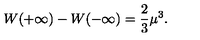
W ( + \infty ) - W ( - \infty ) = { \frac { 2 } { 3 } } \mu ^ { 3 } .